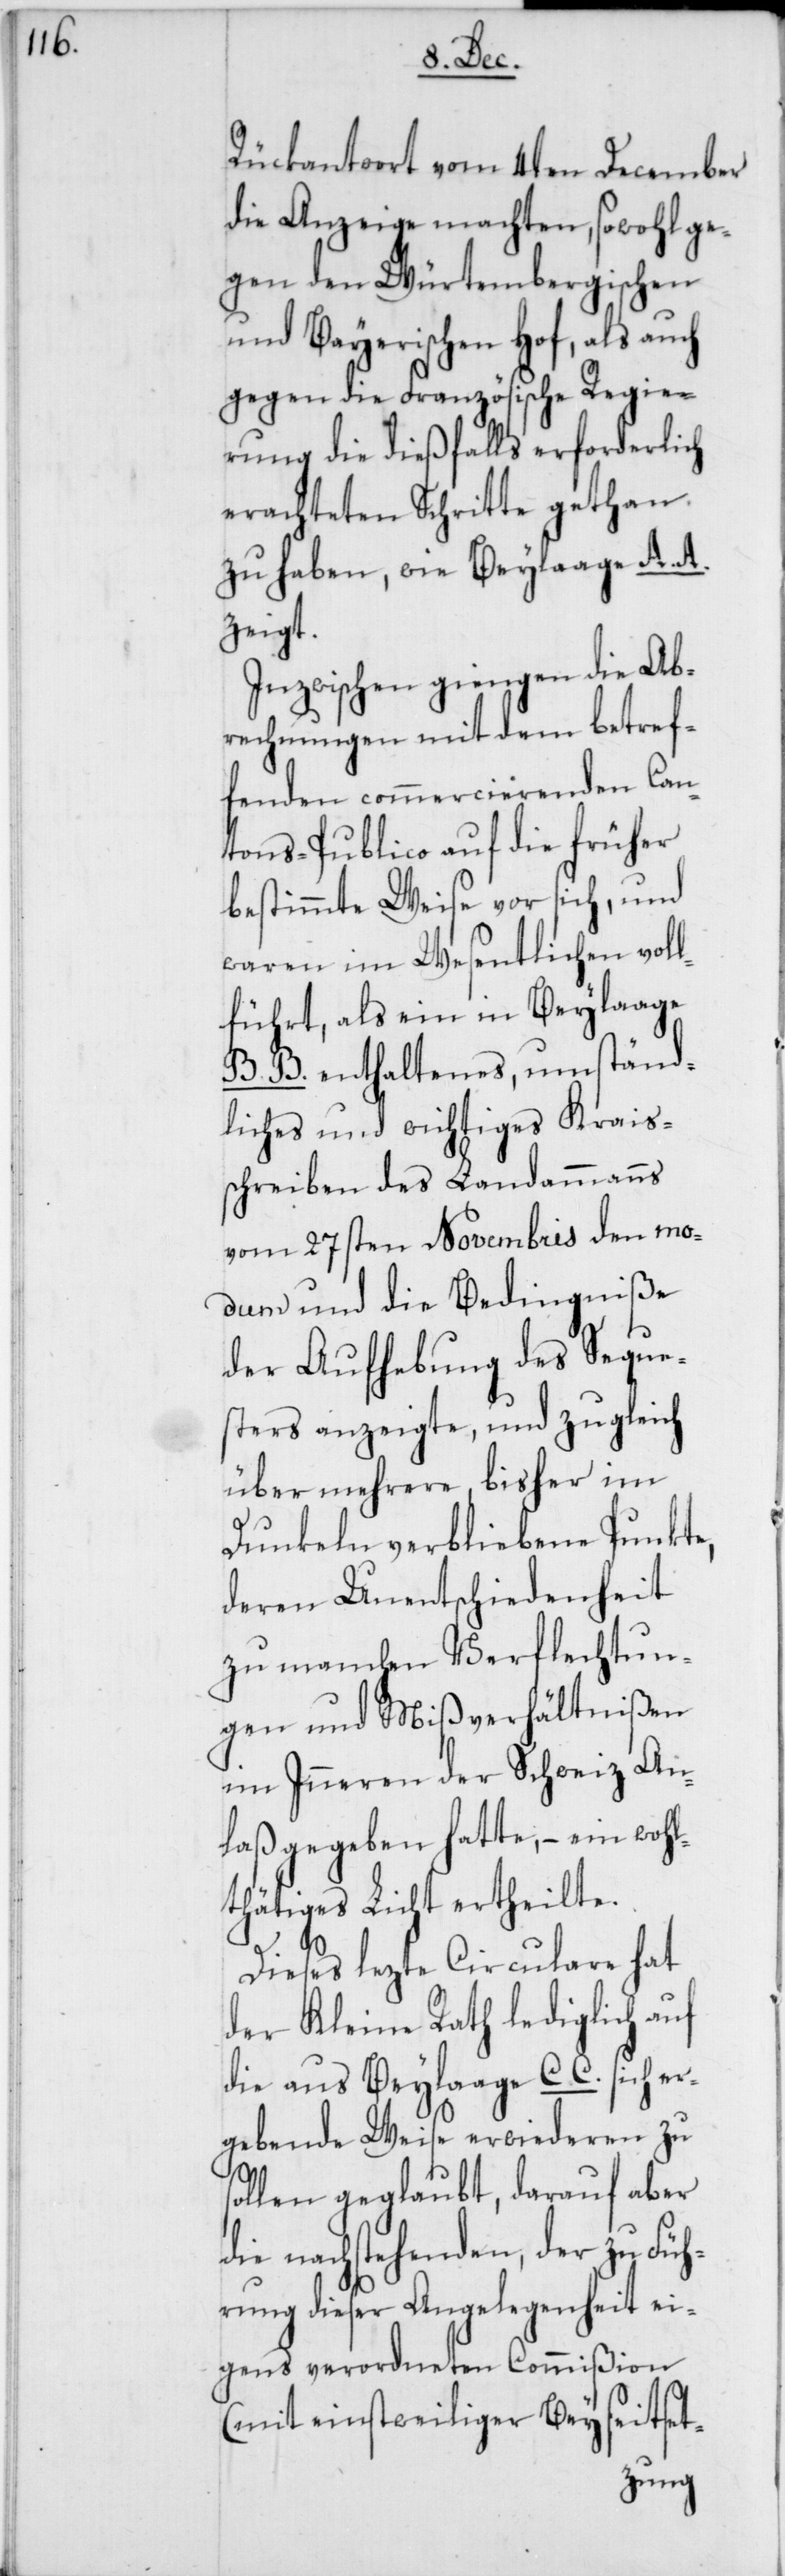
Rükantwort vom 4ten December
die Anzeige machten, sowohl ge¬
gen den Würtembergischen
und Bayerischen Hof, als auch
gegen die Französische Regie¬
rung die dießfalls erforderlich
erachteten Schritte gethan
zu haben, wie Beylaage A. A.
zeigt.
Inzwischen giengen die Ab¬
rechnungen mit dem betref¬
fenden commercierenden Can¬
tons-Publico auf die früher
bestimmte Weise vor sich, und
waren im Wesentlichen voll¬
führt, als ein in Beylaage
B. B. enthaltenes, umständ¬
liches und wichtiges Krais¬
schreiben des Landammanns
vom 27sten Novembris den mo¬
dum und die Bedingniße
der Aufhebung des Seque¬
ich
sters anzeigte, und zug¬
über mehrere, bisher im
s¬
Dunkeln verbliebene Punkte,
deren Unentschiedenheit
zu manchen Verflechtun¬
gen und Mißverhältnißen
im Inneren der Schweiz An¬
laß gegeben hatte, – ein woh¬
lthätiges Licht ertheilte.
Dieses lezte Circulare hat
der Kleine Rath lediglich
die aus Beylaage C. C. sich er¬
gebende Weise erwiederen zu
ollen geglaubt, darauf aber
die nachstehenden, der zu Fü¬
hrung dieser Angelegenheit ei¬
gens verordneten Commißion
(mit einstweiliger Beyseitset-